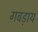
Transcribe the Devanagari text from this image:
गवड़ाय